Lunatic asylums United Provinces 1899-1908 - 1899-1908
Year: 1899
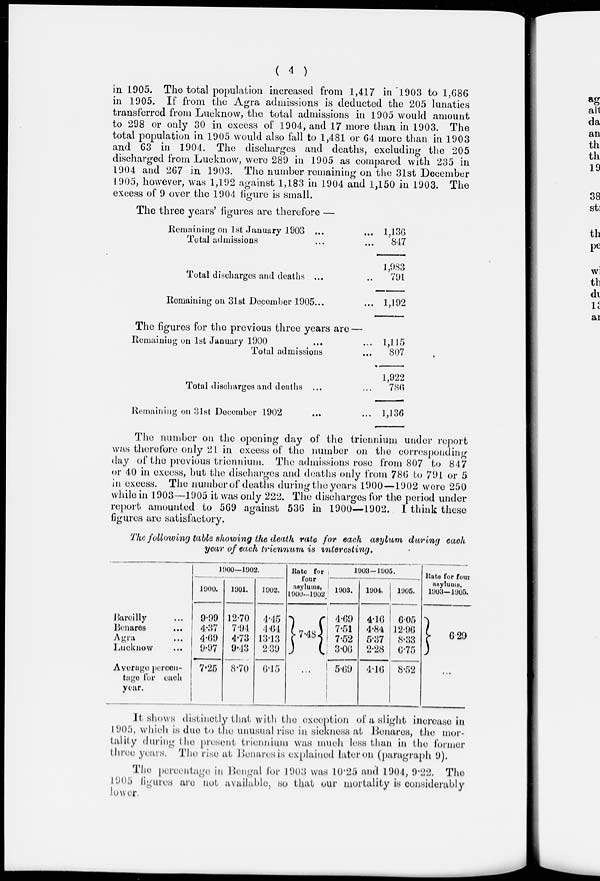
( 4 )
in 1905. The total population increased from 1,417 in 1903 to 1,686
in 1905. If from the Agra admissions is deducted the 205 lunatics
transferred from Lucknow, the total admissions in 1905 would amount
to 298 or only 30 in excess of 1904, and 17 more than in 1903. The
total population in 1905 would also fall to 1,481 or 64 more than in 1903
and 63 in 1904. The discharges and deaths, excluding the 205
discharged from Lucknow, were 289 in 1905 as compared with 235 in
1904 and 267 in 1903. The number remaining on the 31st December
1905, however, was 1,192 against 1,183 in 1904 and 1,150 in 1903. The
excess of 9 over the 1904 figure is small.
The three years' figures are therefore —
Remaining on 1st January 1903 ... ...
Total admissions ... ...
Total discharges and deaths ... ...
Remaining on 31st December 1905 ... ...
The figures for the previous three years are —
Remaining on 1st January 1900 ... ...
Total admissions ...
Total discharges and deaths ... ...
Remaining on 31st December 1902 ... ...
1,136
847
1,983
791
1,192
1,115
807
1,922
786
1,136
The number on the opening day of the triennium under report
was therefore only 21 in excess of the number on the corresponding
day of the previous triennium. The admissions rose from 807 to 847
or 40 in excess, but the discharges and deaths only from 786 to 791 or 5
in excess. The number of deaths during the years 1900—1902 were 250
while in 1903—1905 it was only 222. The discharges for the period under
report amounted to 569 against 536 in 1900—1902. I think these
figures are satisfactory.
The following table showing the death rate for each asylum during each
year of each triennum is interesting.
Bareilly ...
Benares ...
Agra ...
Lucknow ...
Average percen-
tage for each
year.
1900—1902.
1900.
9.99
4.37
4.69
9.97
7.25
1901.
12.70
7.94
4.73
9.43
8.70
1902.
4.45
4.64
13.13
2.39
6.15
Rate for
four
asylums,
1900-1902.
7.48
...
1903-1905.
1903.
4.69
7.51
7.52
3.06
5.69
1904.
4.16
4.84
5.37
2.28
4.16
1905.
6.05
12.96
8.33
6.75
8.52
Rate for four
asylums,
1903—1905.
6.29
...
It shows distinctly that with the exception of a slight increase in
1905, which is due to the unusual rise in sickness at Benares, the mor-
tality during the present triennium was much less than in the former
three years. The rise at Benares is explained later on (paragraph 9).
The percentage in Bengal for 1903 was 10.25 and 1904, 9.22. The
1905 figures are not available, so that our mortality is considerably
lower